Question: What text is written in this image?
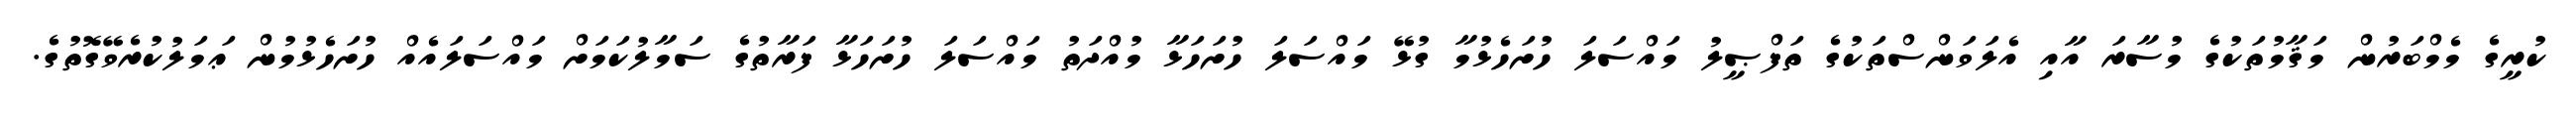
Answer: ކުރީގެ މެމްބަރުން މަޤާމުތަކުގެ މުސާރަ އާއި އެލަވަންސްތަކުގެ ތަފްޞީލު މައްސަލަ ހުށަހެޅުމާ ގުޅޭ މައްސަލަ ހުށަހަޅާ މުއްދަތު މައްސަލަ ހުށަހަޅާ ފަރާތުގެ ސަމާލުކަމަށް މައްސަލައެއް ހުށަހެޅުމުން ޢަމަލުކުރެވޭގޮތުގެ.